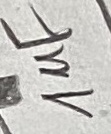
Text: 1uF